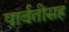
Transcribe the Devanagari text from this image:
पार्वतीसह